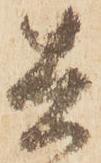
兵